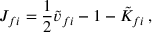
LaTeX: J _ { f i } = { \frac { 1 } { 2 } } { \tilde { v } } _ { f i } - 1 - { \tilde { K } } _ { f i } \, ,